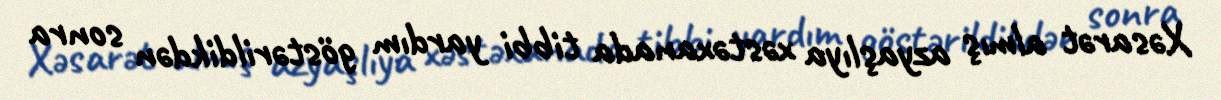
Xəsarət almış azyaşlıya xəstəxanada tibbi yardım göstərildikdən sonra